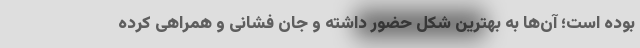
بوده است؛ آن‌ها به بهترین شکل حضور داشته و جان فشانی و همراهی کرده